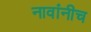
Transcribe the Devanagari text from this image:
नावांनीच